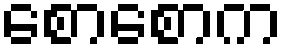
စောစောက